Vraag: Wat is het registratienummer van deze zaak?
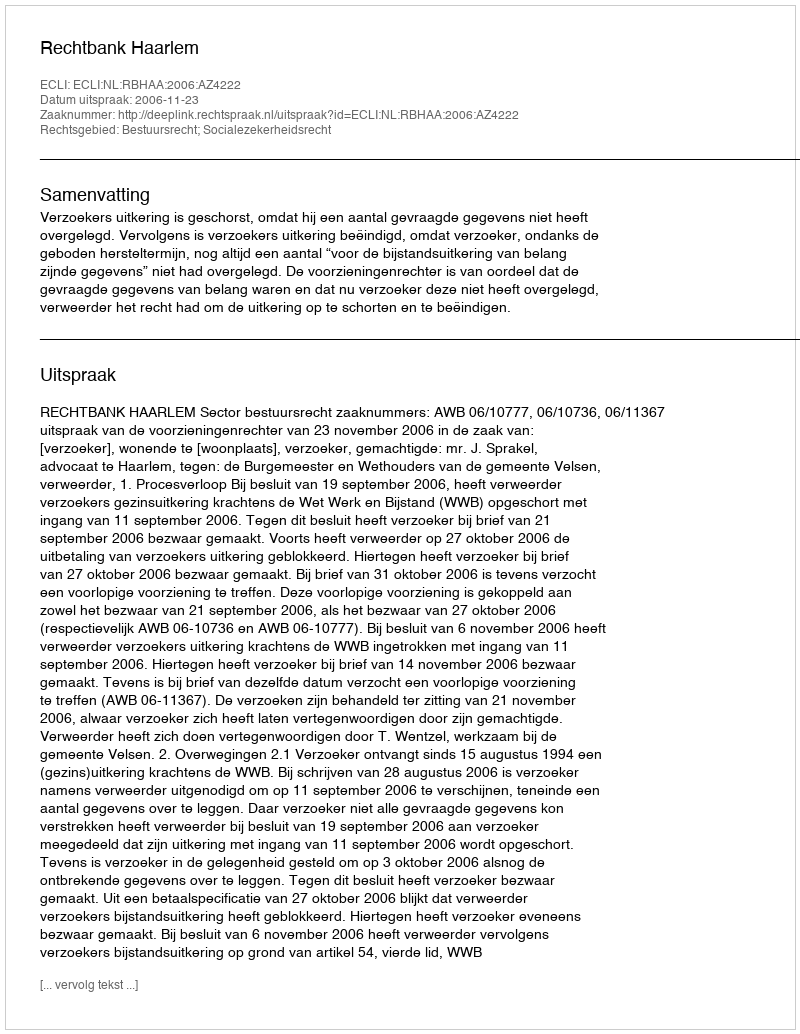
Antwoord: http://deeplink.rechtspraak.nl/uitspraak?id=ECLI:NL:RBHAA:2006:AZ4222